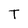
Character: T